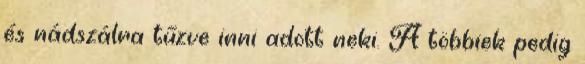
és nádszálra tűzve inni adott neki. A többiek pedig